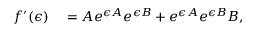
\begin{array} { r l } { f ^ { \prime } ( \epsilon ) } & { { } = A e ^ { \epsilon A } e ^ { \epsilon B } + e ^ { \epsilon A } e ^ { \epsilon B } B , } \end{array}